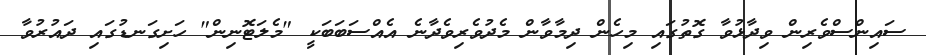
ސައިންސްވެރިން ވިދާޅުވާ ގޮތުގައި މިހެން ދިމާވާން މެދުވެރިވެދާނެ އެއްސަބަބަކީ "މެލަޓޮނިން" ހަށިގަނޑުގައި ދައުރުވާ